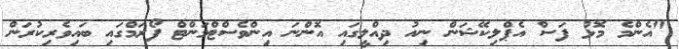
"އެންމެ މޮޅު ފަސް އެޕްލިކޭޝަން ނިއު ދިއްލީގައި އޮންނަ އިންވެސްޓްމަންޓް ފޯރަމްގައި ބައިވެރިކުރަން